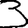
Digit: 3